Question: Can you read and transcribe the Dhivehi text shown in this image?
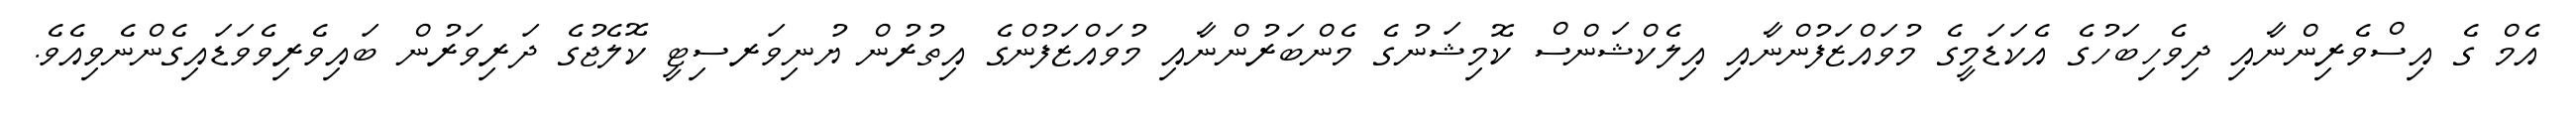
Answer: އެމް ގެ އިސްވެރިންނާއި ދިވެހިބަހުގެ އެކަޑަމީގެ މުވައްޒަފުންނާއި އިލެކްޝަންސް ކޮމިޝަނުގެ މެންބަރުންނާއި މުވައްޒަފުންގެ އިތުރުން ޔުނިވަރސިޓީ ކޮލެޖުގެ ދަރިވަރުން ބައިވެރިވެވަޑައިގެންނެވިއެވެ.